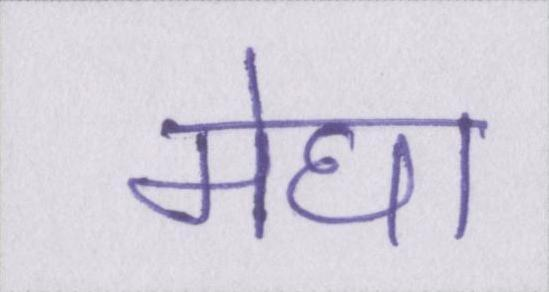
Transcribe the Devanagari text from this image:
मेघा